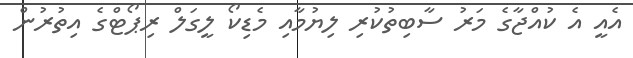
އެއީ އެ ކުއްޖާގެ މަރު ސާބިތުކުރި ލިޔުމާއި މެޑިކޯ ލީގަލް ރިޕޯޓްގެ އިތުރުން